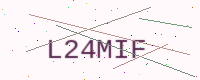
Text: L24MIF